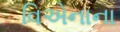
વિએનાના